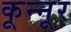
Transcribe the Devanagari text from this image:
कून्‍नूर